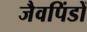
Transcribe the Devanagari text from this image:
जैवपिंडों